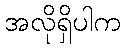
အလိုရှိပါက